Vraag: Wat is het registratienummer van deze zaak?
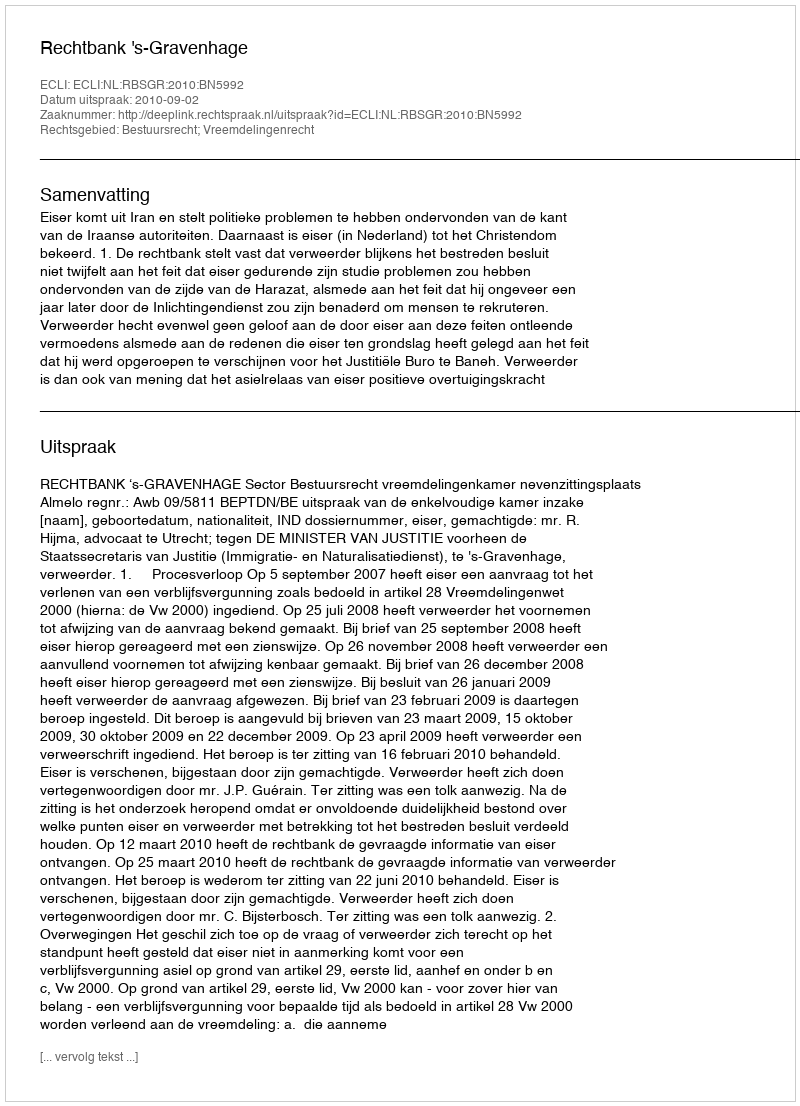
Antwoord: http://deeplink.rechtspraak.nl/uitspraak?id=ECLI:NL:RBSGR:2010:BN5992